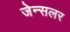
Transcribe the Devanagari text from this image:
जेन्सलर